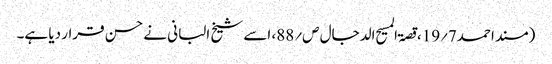
(مسند احمد7؍19،قصۃ المسیح الدجال ص؍88، اسے شیخ البانی نے حسن قرار دیا ہے۔